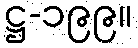
ဋ္ဌ-၁၉၉။